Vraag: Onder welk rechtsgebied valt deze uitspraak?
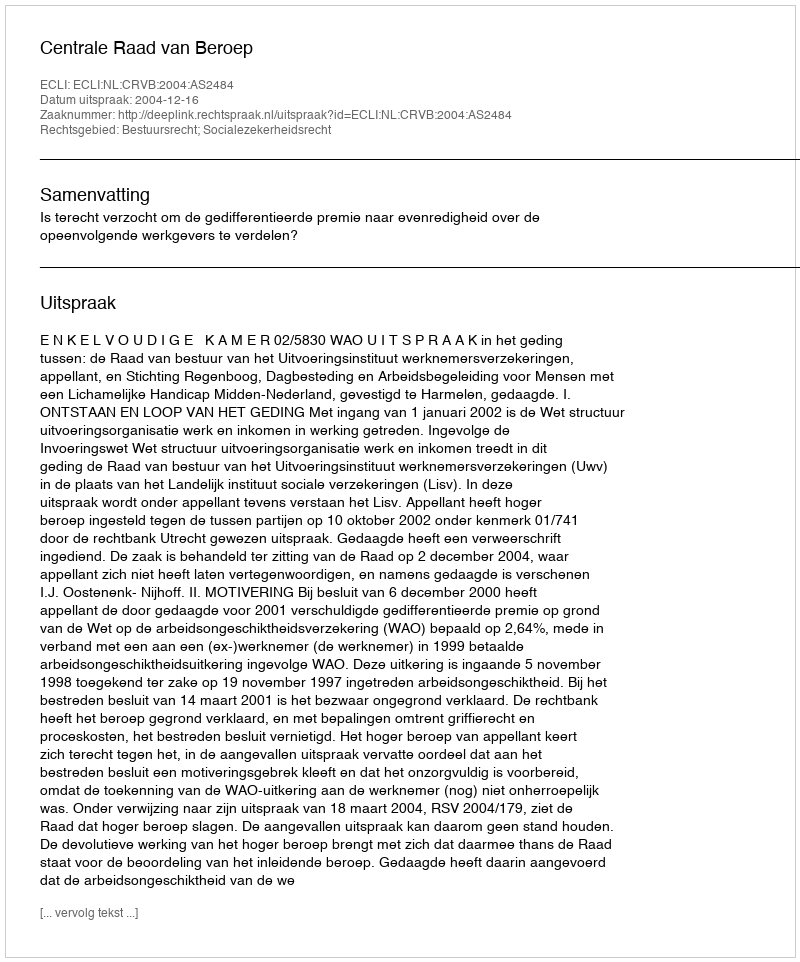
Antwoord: Bestuursrecht; Socialezekerheidsrecht